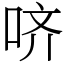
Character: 哜